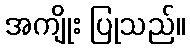
အကျိုး ပြုသည်။